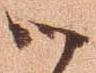
御